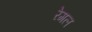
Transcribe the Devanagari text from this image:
रेगल